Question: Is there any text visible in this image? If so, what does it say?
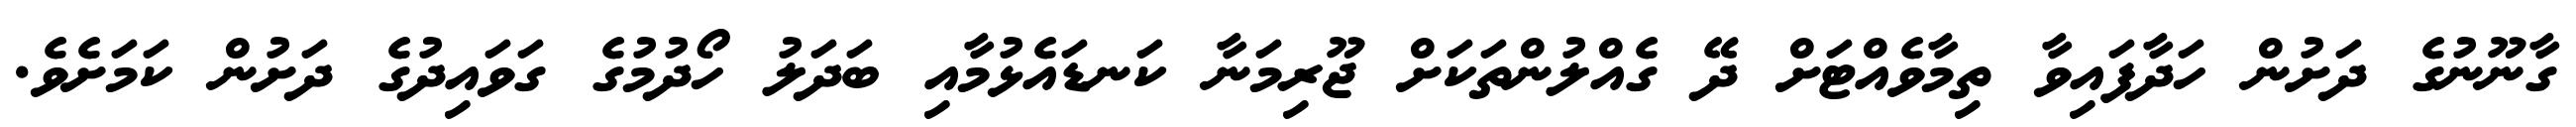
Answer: ގާނޫނުގެ ދަށުން ހަދާފައިވާ ތިމާވެއްޓަށް ދޭ ގެއްލުންތަކަށް ޖޫރިމަނާ ކަނޑައެޅުމާއި ބަދަލު ހޯދުމުގެ ގަވައިދުގެ ދަށުން ކަމަށެވެ.